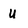
Character: u